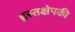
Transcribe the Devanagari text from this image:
हस्तक्षेपकी